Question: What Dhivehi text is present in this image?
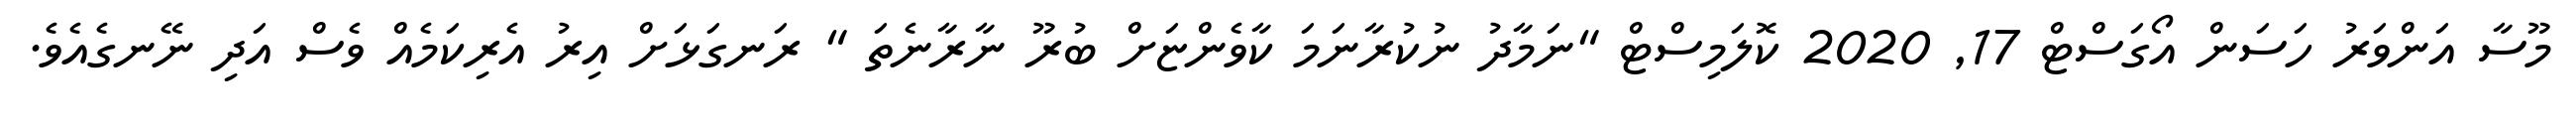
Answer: މޫސާ އަންވަރު ހަސަން އޯގަސްޓް 17, 2020 ކޮލަމިސްޓް "ނަމާދު ނުކުރާނަމަ ކާވެންޏަށް ބުރޫ ނާރާނެތަ " ރަނގަޅަށް އިރު އެރިކަމެއް ވެސް އަދި ނޭނގެއެވެ.